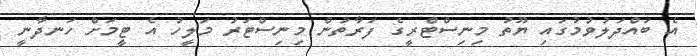
އެ ބައްދަލުވުމުގައި ޔޫތު މިނިސްޓްރީގެ ފަރާތުން މިނިސްޓަރު މަލީހު އެ ޓީމަށް ހަނދާނީ